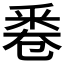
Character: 𠨟